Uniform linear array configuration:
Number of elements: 32
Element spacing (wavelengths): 0.5
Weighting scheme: hann
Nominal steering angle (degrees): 0
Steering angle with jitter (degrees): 1.466
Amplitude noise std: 0.05
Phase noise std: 0.05

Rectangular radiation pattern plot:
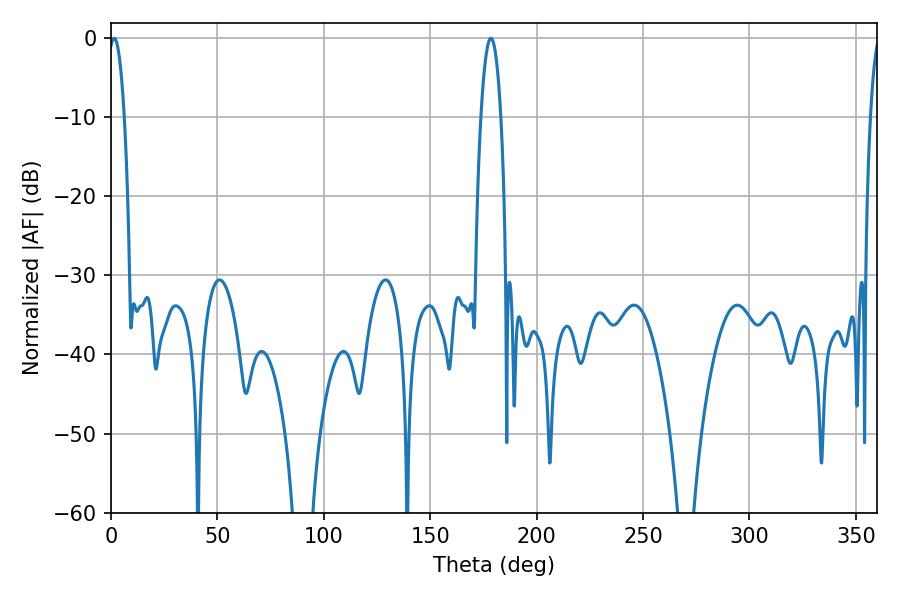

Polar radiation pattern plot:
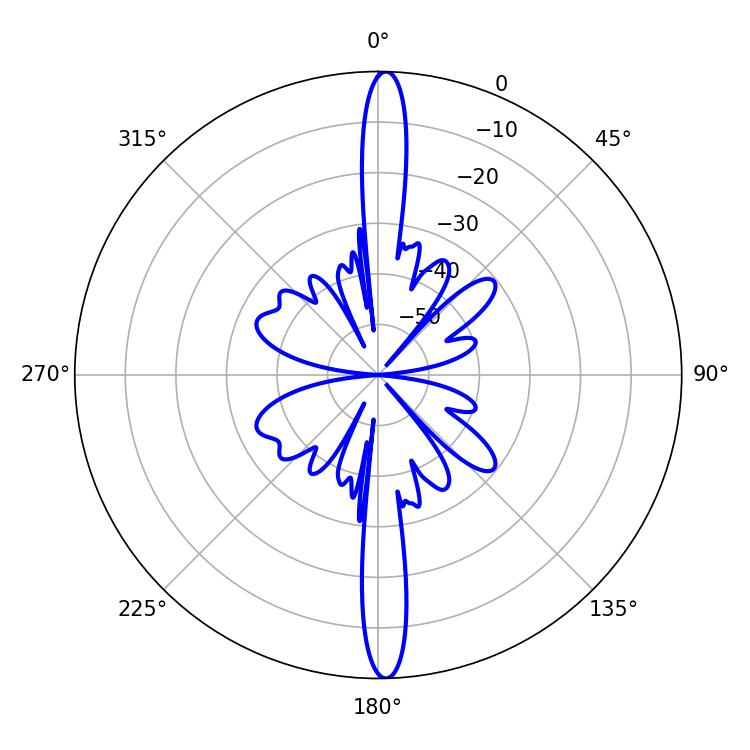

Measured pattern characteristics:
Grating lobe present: FALSE
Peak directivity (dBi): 25.846
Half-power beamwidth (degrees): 4.14
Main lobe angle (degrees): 1.44